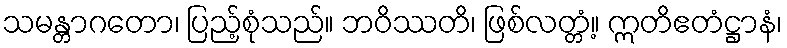
သမန္တာဂတော၊ ပြည့်စုံသည်။ ဘဝိဿတိ၊ ဖြစ်လတ္တံ့။ ဣတိဧတံဋ္ဌာနံ၊